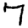
Digit: 7